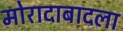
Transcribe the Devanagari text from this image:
मोरादाबादला